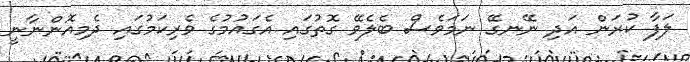
ލަފާ ކުރަން އަދި ނޭނގޭ ނަމަވެސް ބެލެވޭ ގޮތުގައި އެގައުމުގެ ވެރިކަމުގައި ދެމިއޮންނާނީ